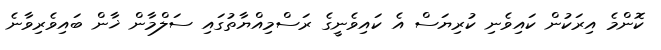
ކޮންމެ އިރަކުން ކައިވެނި ކުރިޔަސް އެ ކައިވެނީގެ ރަސްމިއްޔާތުގައި ސަލްމާން ޚާން ބައިވެރިވާނެ